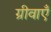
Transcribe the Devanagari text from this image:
ग्रीवाएँ